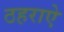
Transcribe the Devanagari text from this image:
ठहराऐ